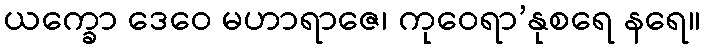
ယက္ခော ဒေဝေ မဟာရာဇေ၊ ကုဝေရာ’နုစရေ နရေ။